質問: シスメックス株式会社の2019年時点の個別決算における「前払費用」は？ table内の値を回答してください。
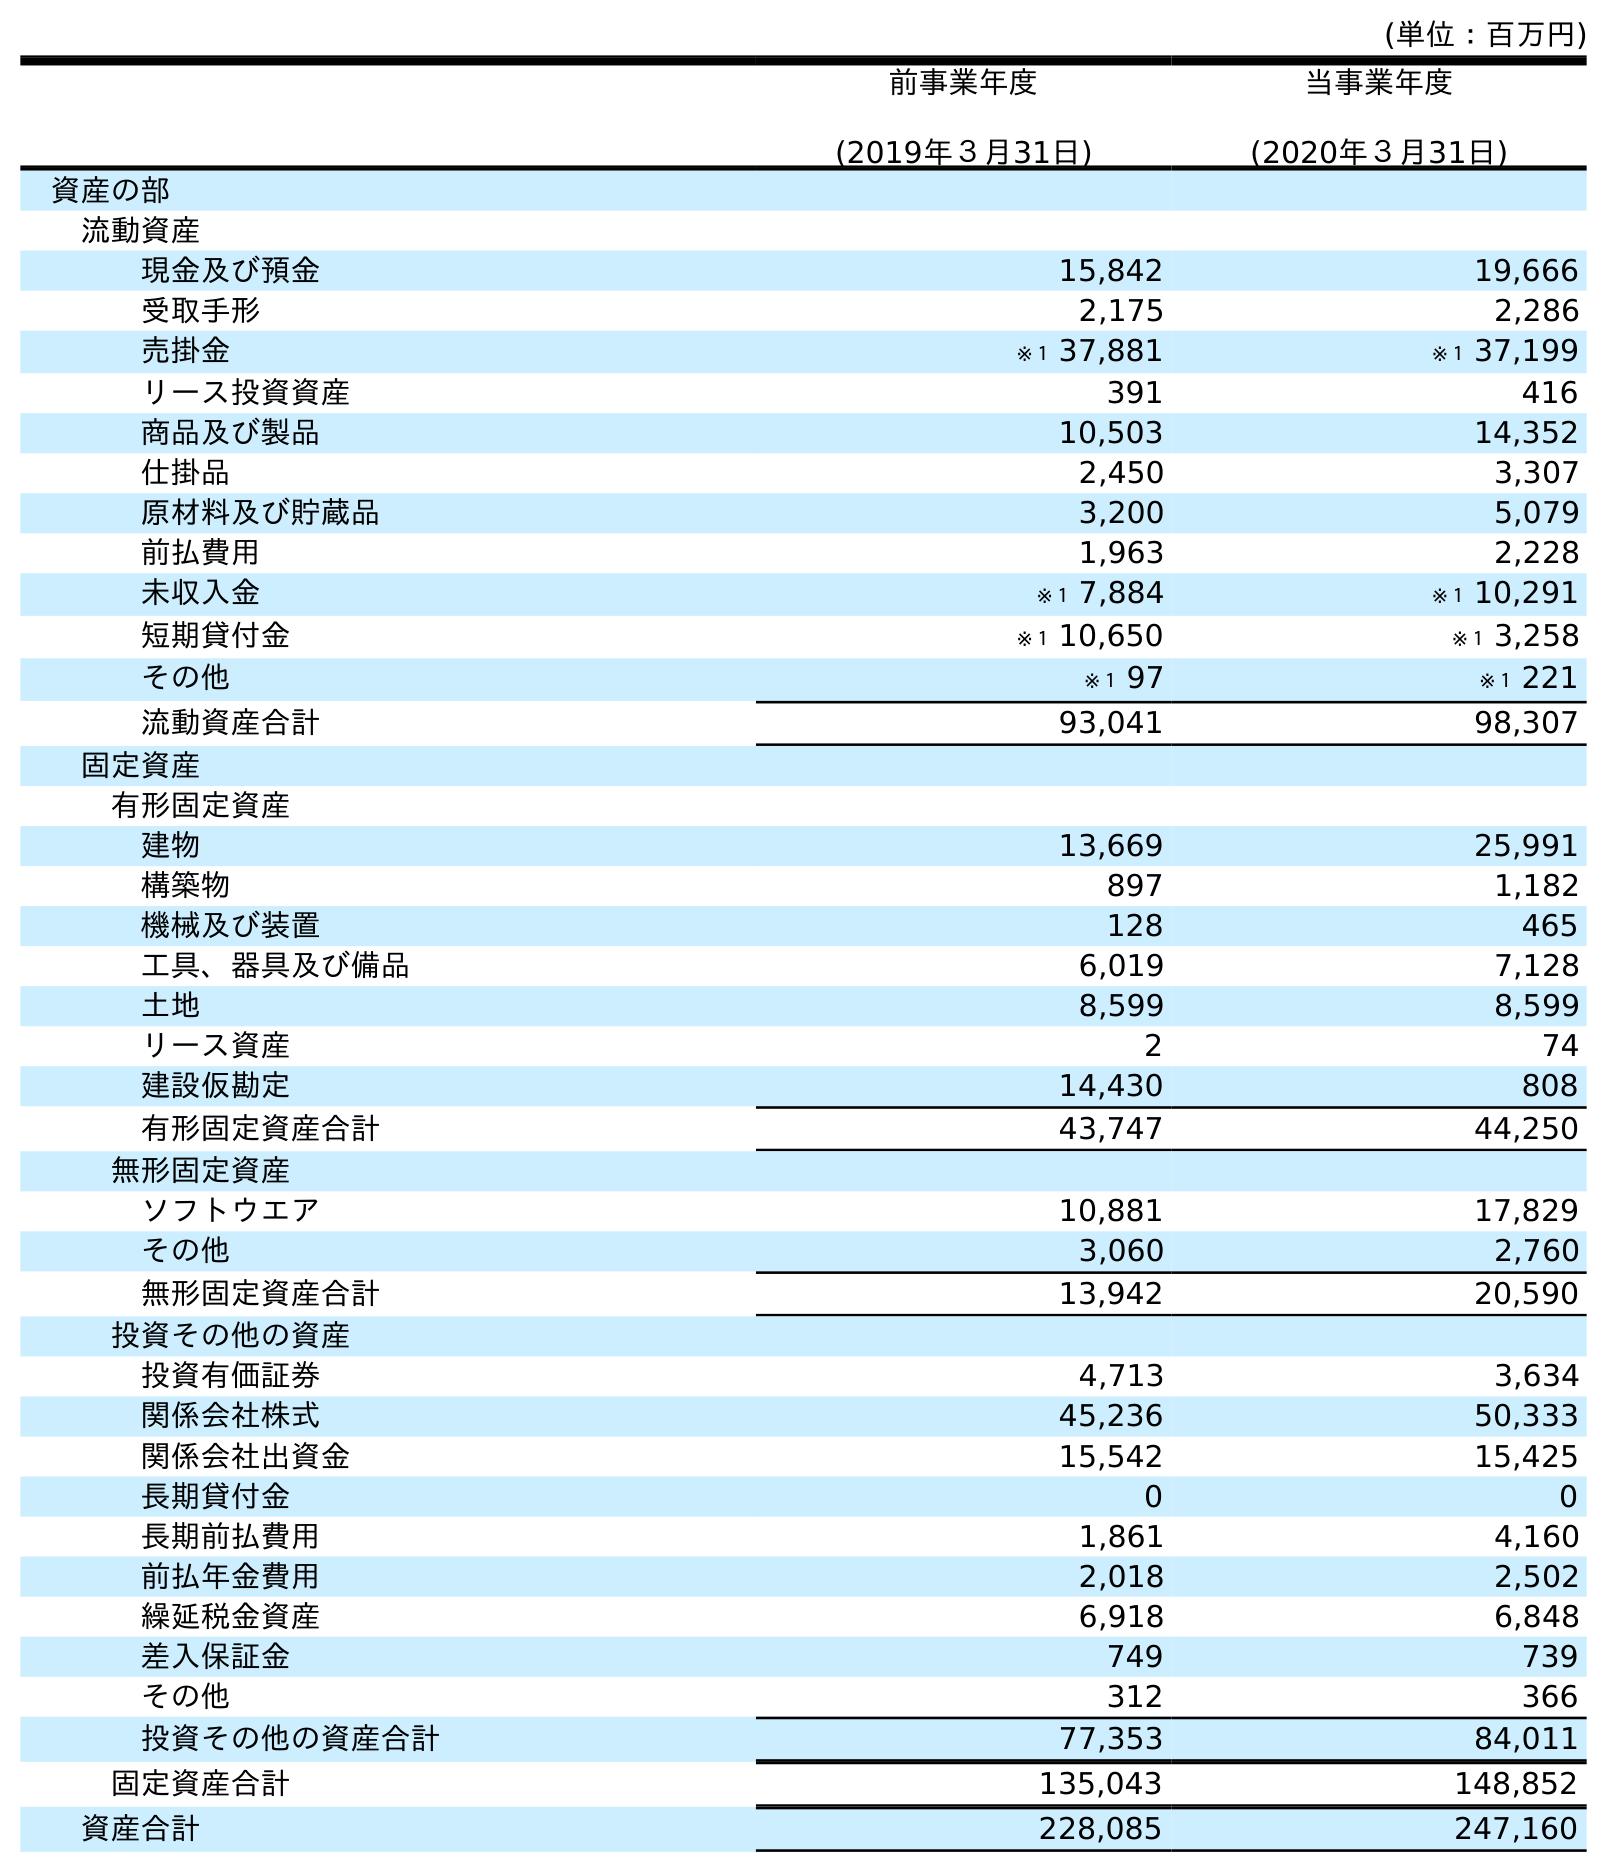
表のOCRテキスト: (単位：百万円) 前事業年度 (2019年３月31日) 当事業年度 (2020年３月31日) 資産の部 流動資産 現金及び預金 15,842 19,666 受取手形 2,175 2,286 売掛金 ※１ 37,881 ※１ 37,199 リース投資資産 391 416 商品及び製品 10,503 14,352 仕掛品 2,450 3,307 原材料及び貯蔵品 3,200 5,079 前払費用 1,963 2,228 未収入金 ※１ 7,884 ※１ 10,291 短期貸付金 ※１ 10,650 ※１ 3,258 その他 ※１ 97 ※１ 221 流動資産合計 93,041 98,307 固定資産 有形固定資産 建物 13,669 25,991 構築物 897 1,182 機械及び装置 128 465 工具、器具及び備品 6,019 7,128 土地 8,599 8,599 リース資産 2 74 建設仮勘定 14,430 808 有形固定資産合計 43,747 44,250 無形固定資産 ソフトウエア 10,881 17,829 その他 3,060 2,760 無形固定資産合計 13,942 20,590 投資その他の資産 投資有価証券 4,713 3,634 関係会社株式 45,236 50,333 関係会社出資金 15,542 15,425 長期貸付金 0 0 長期前払費用 1,861 4,160 前払年金費用 2,018 2,502 繰延税金資産 6,918 6,848 差入保証金 749 739 その他 312 366 投資その他の資産合計 77,353 84,011 固定資産合計 135,043 148,852 資産合計 228,085 247,160
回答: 1,963